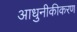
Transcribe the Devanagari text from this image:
आधुनीकीकरण